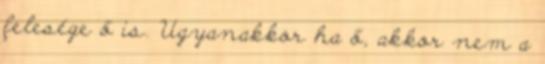
felesége ő is. Ugyanakkor ha ő, akkor nem a